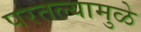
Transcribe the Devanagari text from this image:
परतल्यामुळे